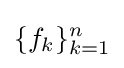
\{f_{k}\}_{k=1}^{n}